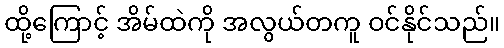
ထို့ကြောင့် အိမ်ထဲကို အလွယ်တကူ ဝင်နိုင်သည်။